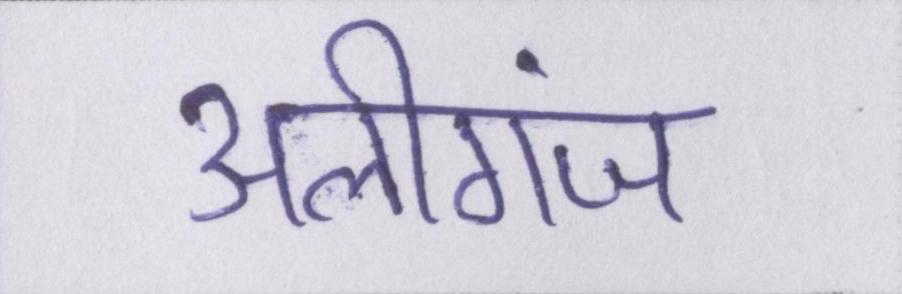
अलीगंज